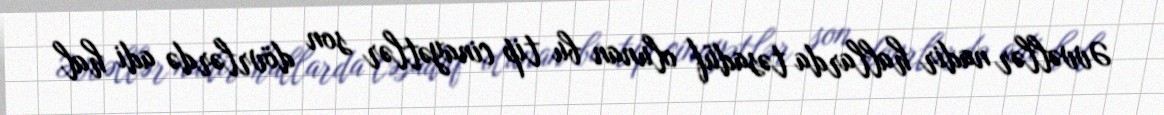
Əvvəllər nadir hallarda təsadüf olunan bu tip cinayətlər son dövrlərdə adi hal